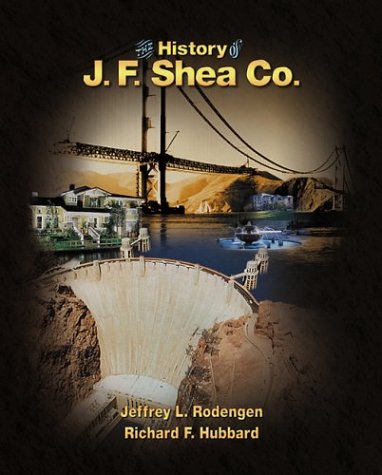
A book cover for The History of J.F. Shea Co.; Jeffrey L. Rodengen; Business & Money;